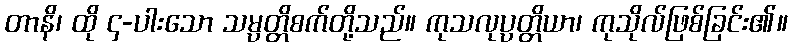
တာနိ၊ ထို ၄-ပါးသော သမ္ပတ္တိစက်တို့သည်။ ကုသလုပ္ပတ္တိယာ၊ ကုသိုလ်ဖြစ်ခြင်း၏။